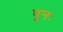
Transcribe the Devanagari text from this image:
पूनः